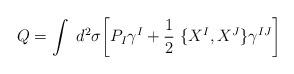
LaTeX: \begin{align*}Q=\int~d^2\sigma\biggl[ P_I\gamma^I+\frac{1}{2}~\lbrace X^I,X^J\rbrace\gamma^{IJ}\biggr]\end{align*}